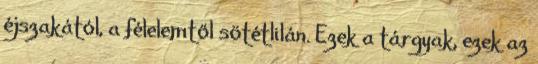
éjszakától, a félelemtől sötétlilán. Ezek a tárgyak, ezek az